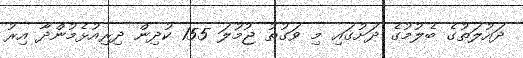
ދައުލަތުގެ ބެލުމުގެ ދަށުގައި މި ވަގުތު ޖުމުލަ 155 ކުދިން ދިރިއުޅެމުންދާ އިރު